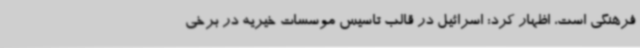
فرهنگی است، اظهار کرد: اسرائیل در قالب تاسیس موسسات خیریه در برخی